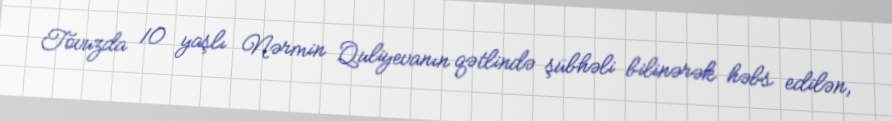
Tovuzda 10 yaşlı Nərmin Quliyevanın qətlində şübhəli bilinərək həbs edilən,